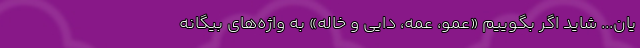
یان... شاید اگر بگوییم «عمو، عمه، دایی و خاله» به واژه‌های بیگانه